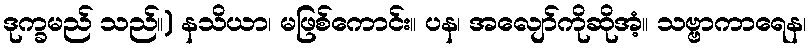
ဒုက္ခမည် သည်။) နသိယာ၊ မဖြစ်ကောင်း။ ပန၊ အလျော်ကိုဆိုအံ့။ သဗ္ဗာကာရေန၊